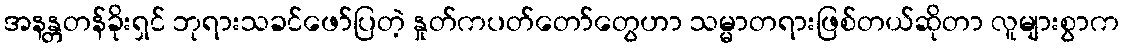
အနန္တတန်ခိုးရှင် ဘုရားသခင်ဖော်ပြတဲ့ နှုတ်ကပတ်တော်တွေဟာ သမ္မာတရားဖြစ်တယ်ဆိုတာ လူများစွာက